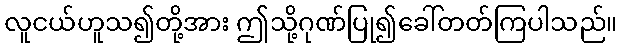
လူငယ်ဟူသ၍တို့အား ဤသို့ဂုဏ်ပြု၍ခေါ်တတ်ကြပါသည်။